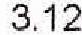
3.12